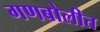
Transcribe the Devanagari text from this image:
गणबोलीत